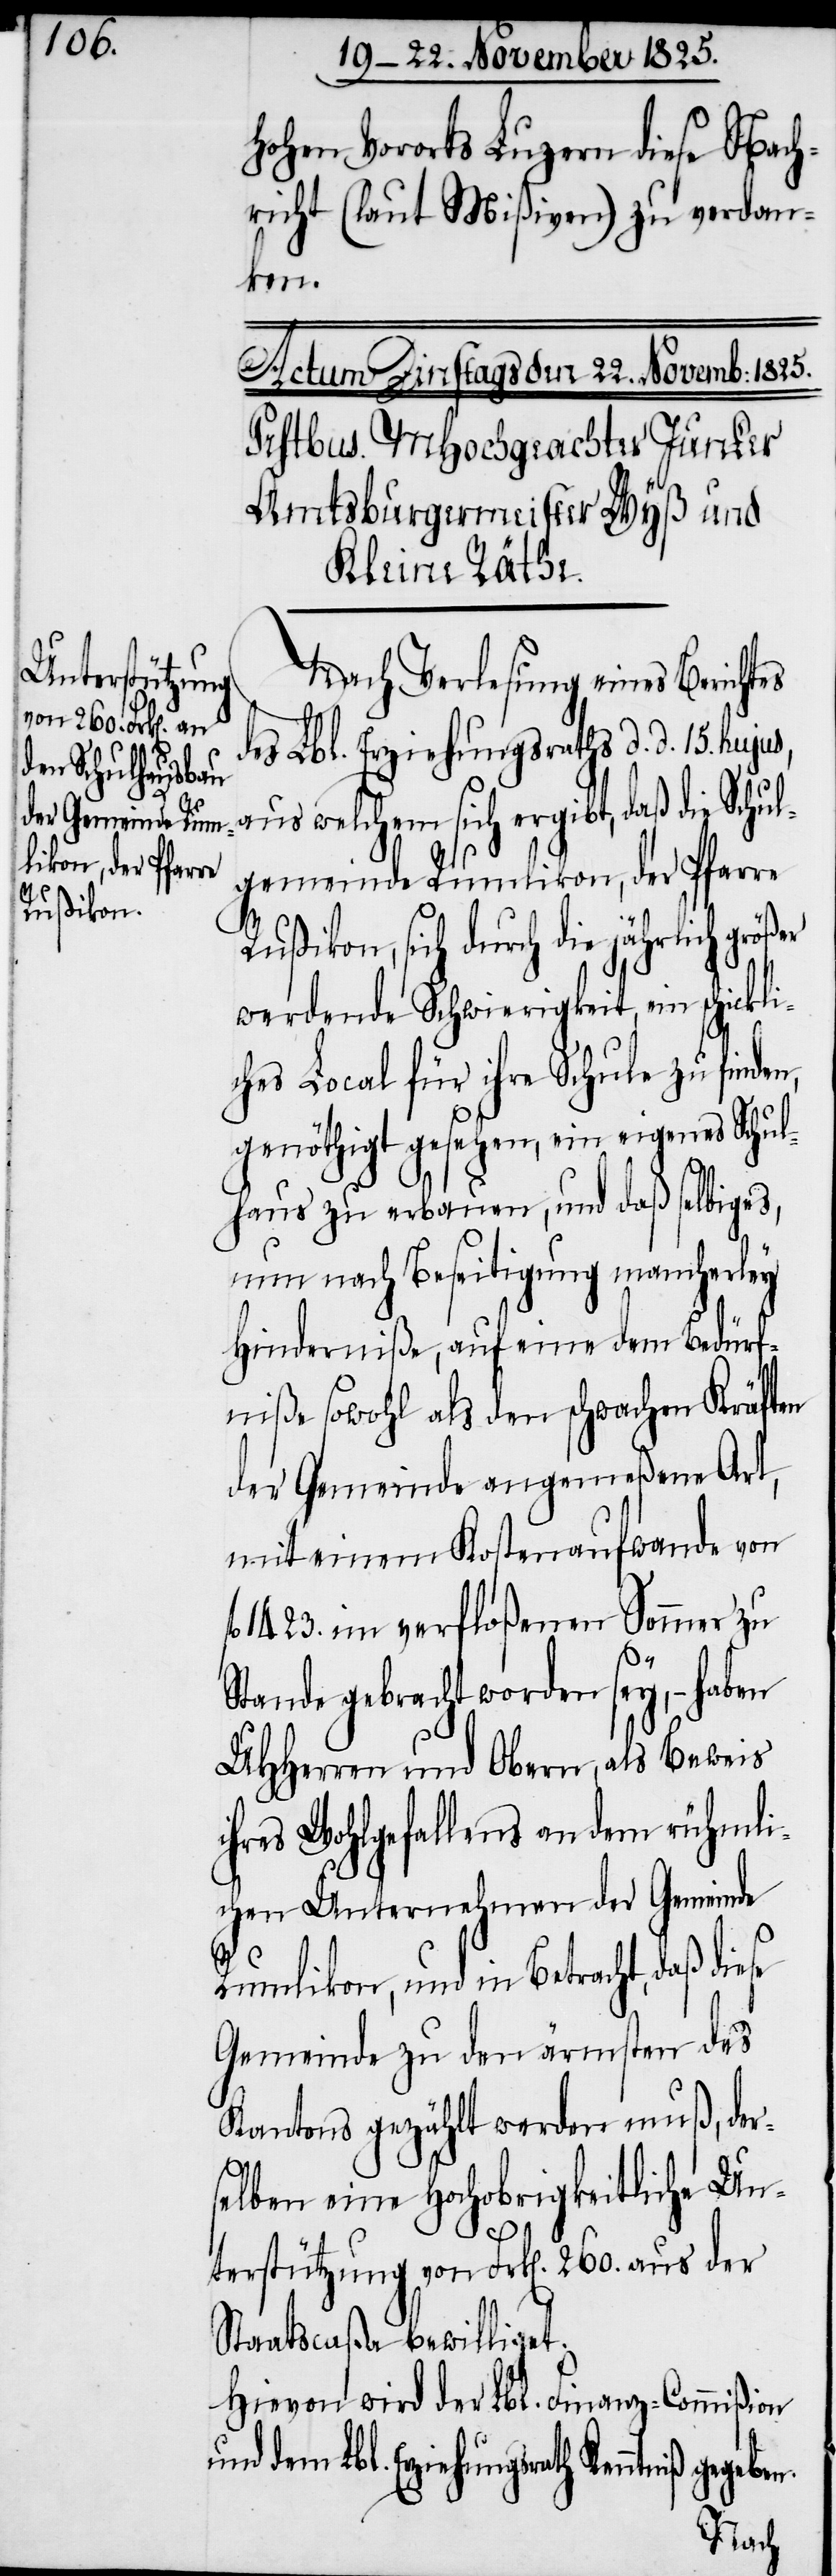
hohen Vororts Luzern diese Nach¬
richt (laut Mißiven) zu verdan¬
ken.
Nach Verlesung eines Berichtes
dem Lbl. Erziehungsrath Kenntniß
aus welchem sich ergibt, daß die Schu¬
lgemeinde Rumlikon, der Pfarre
Rußikon, sich durch die jährlich größ¬
werdende Schwierigkeit ein schickli¬
ches Local für ihre Schule zu finden,
genöthigt gesehen, ein eigenes Schul¬
haus zu erbauen, und daß selbiges,
nun nach Beseitigung mancherley
Hinderniße, auf eine dem Bedürf¬
niße sowohl als den schwachen Kräften
der Gemeinde angemeßene Art,
mit einem Kostenaufwande von
1423. im verfloßenen Sommer zu
Stande gebracht worden sey, – haben
UHHerren und Obern, als Beweis
ihres Wohlgefallens an dem rühml¬
ichen Unternehmen der Gemeinde
er
Rumlikon, und in Betracht, daß diese
Gemeinde zu den ärmsten des
Kantons gezählt werden muß, der¬
selben eine Hochobrigkeitliche Un¬
terstützung von Frk[en]. 260. aus der
Staatscaßa bewilliget.
Hievon wird der Lbl. Finanz-Commißion